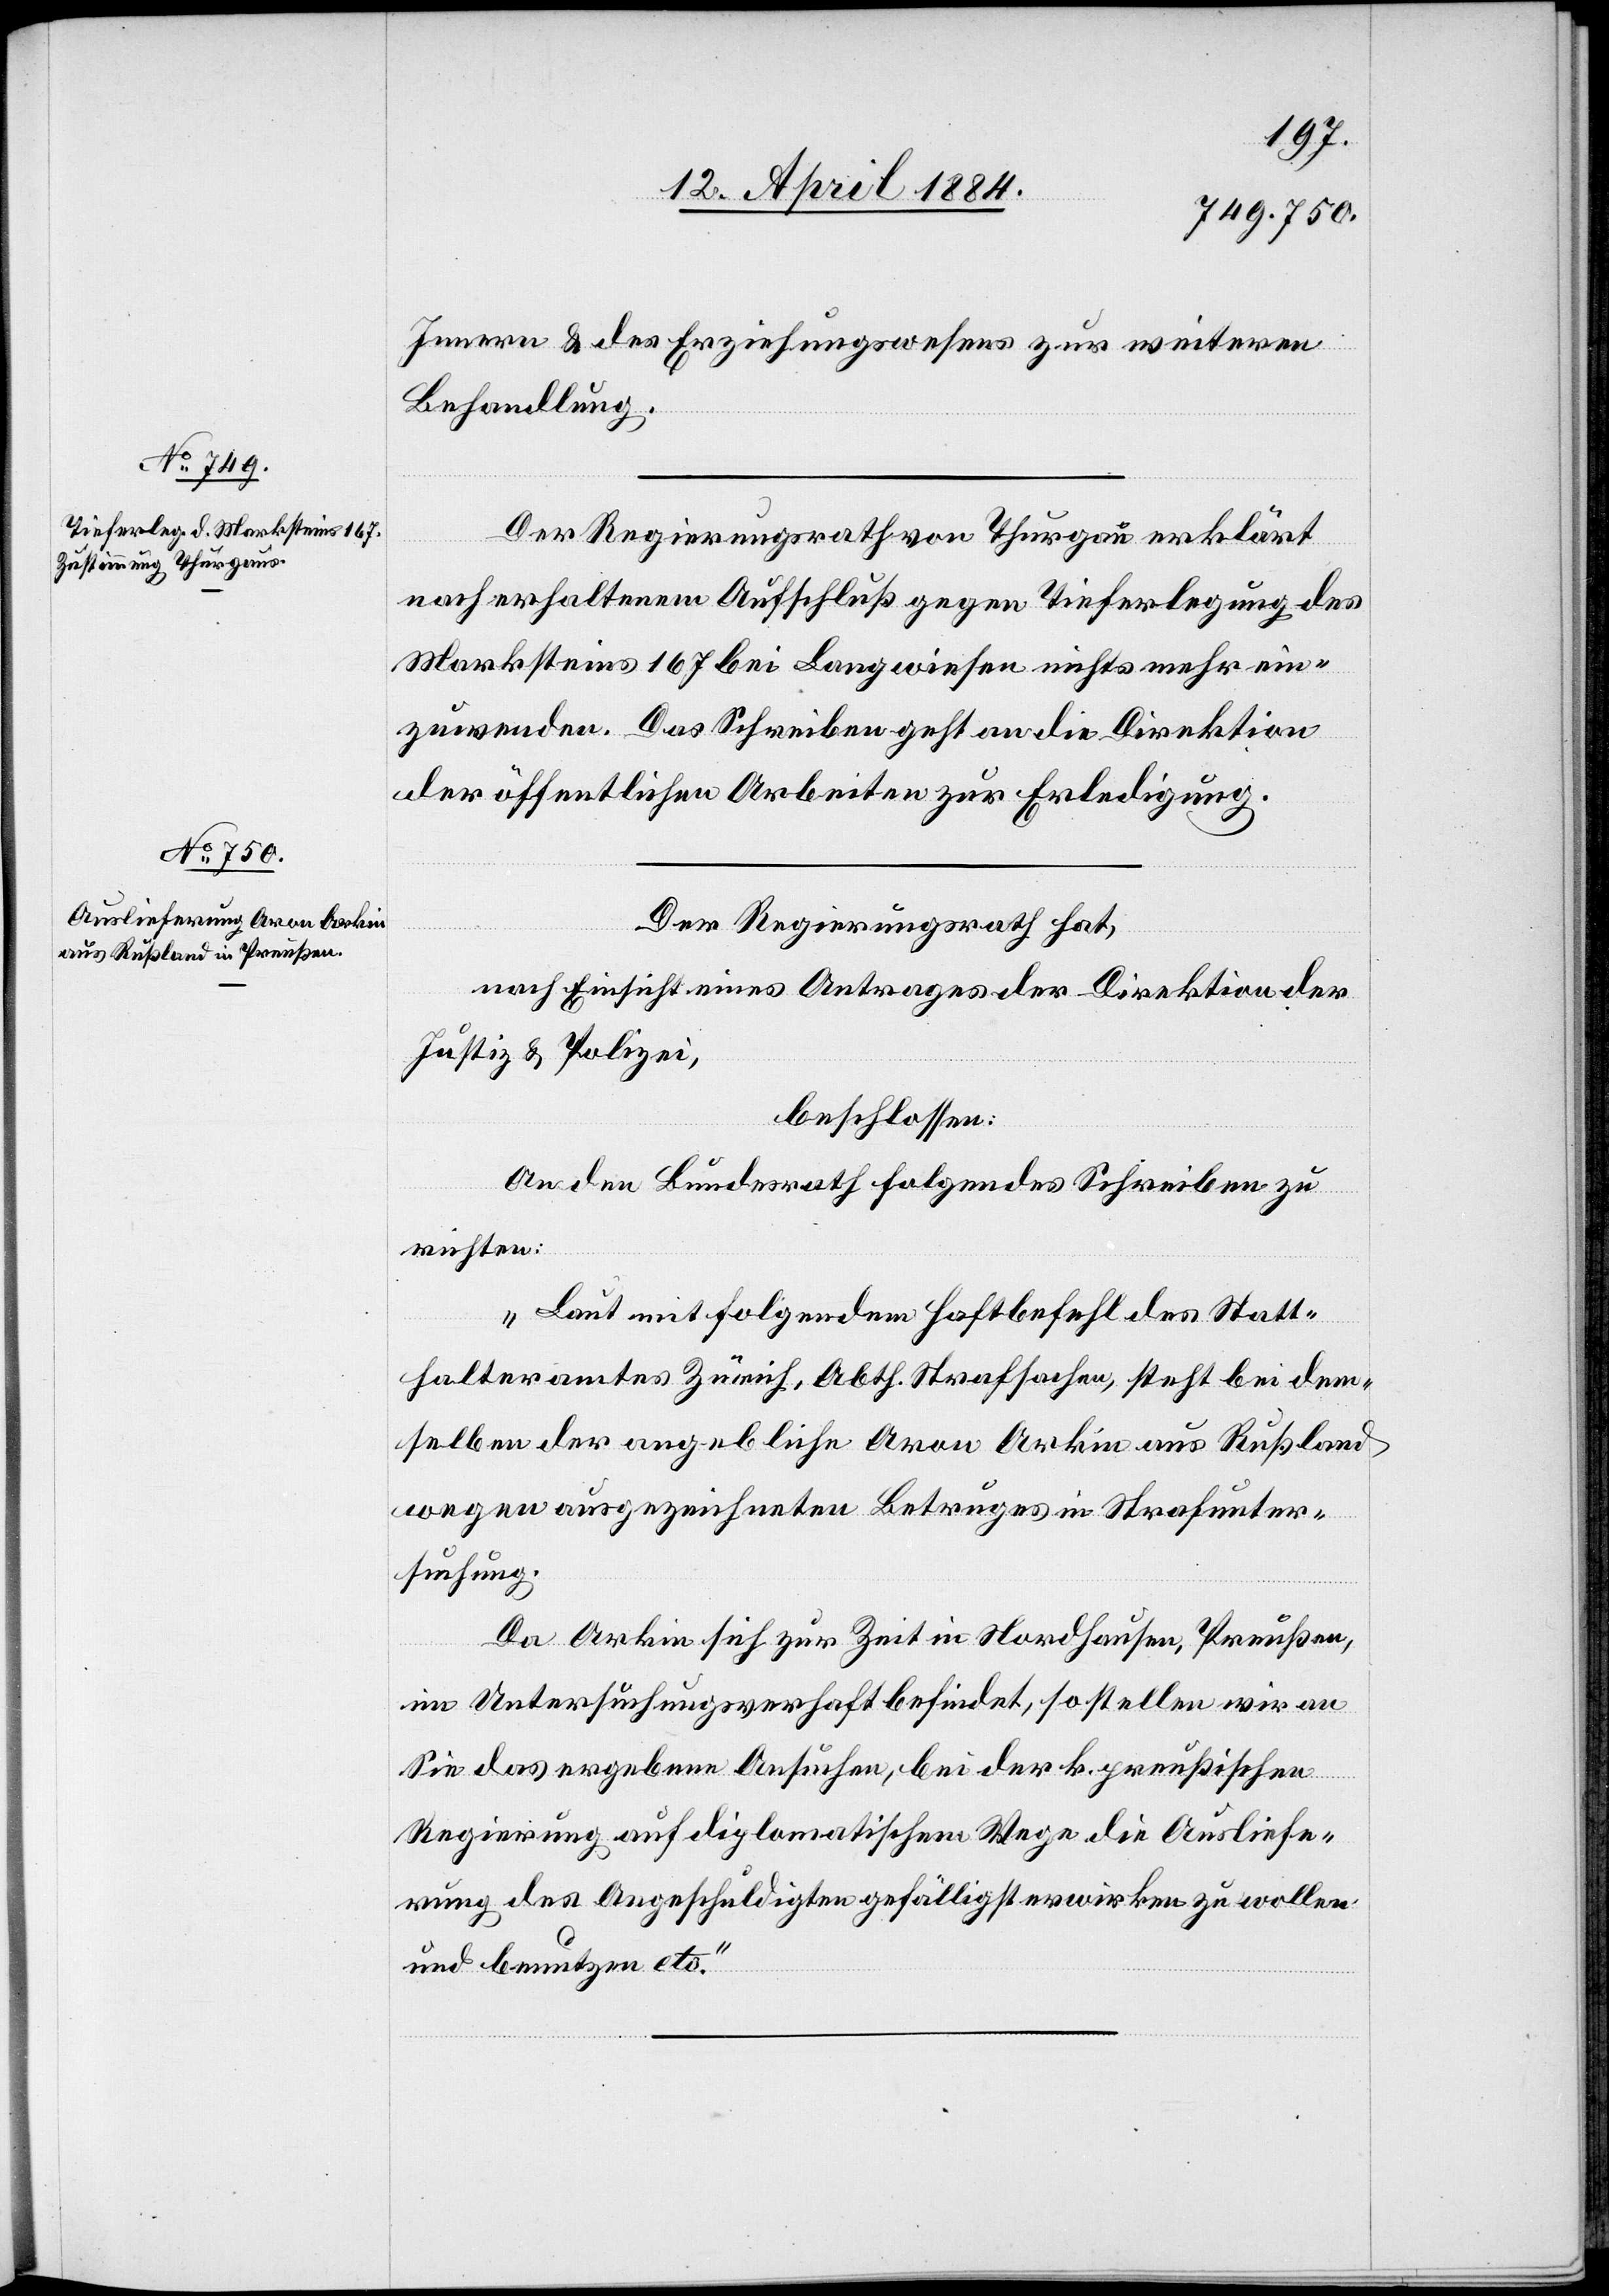
17. April 1884.]
Innern & des Erziehungswesens zur weiteren
Behandlung.
Der Regierungsrath von Thurgau erklärt
nach erhaltenem Aufschluß gegen Tieferlegung des
Marksteins 167 bei Langwiesen nichts mehr ein¬
zuwenden. Das Schreiben geht an die Direktion
der öffentlichen Arbeiten zur Erledigung.
Der Regierungsrath hat,
ngen.
nach Einsicht eines Antrages der Direktion der
Justiz & Polizei,
beschlossen:
An den Bundesrath folgendes Schreiben zu
richten:
„Laut mit folgendem Haftbefehl des Statt¬
halteramtes Zürich, Abth. Strafsachen, steht bei dem¬
selben der angebliche Aron Arkin aus Rußland
wegen ausgezeichneten Betruges in Strafunter¬
suchung.
Da Arkin sich zur Zeit in Nordhausen, Preußen,
im Untersuchungsverhaft befindet, so stellen wir an
Sie das ergebene Ansuchen, bei der k. preußischen
Regierung auf diplomatischem Wege die Ausliefe¬
rung des Angeschuldigten gefälligst erwirken zu wollen
und benutzen etc.“